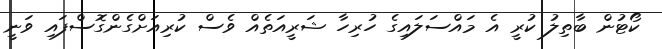
ކޯޓުން ބާތިލު ކުރީ އެ މައްސަލައިގެ ހުރިހާ ޝަރީއަތެއް ވެސް ކުރިއަށްގެންގޮސްފައި ވަނީ